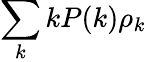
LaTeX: \sum_{k}kP(k)\rho_{k}